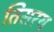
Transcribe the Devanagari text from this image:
तिसरय